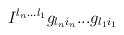
LaTeX: \begin{align*}I^{l_n ... l_1} g_{l_n i_n} ... g_{l_1 i_1}\end{align*}